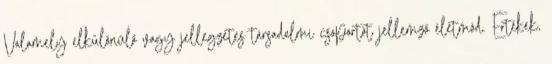
Valamely elkülönülő vagy jellegzetes társadalmi csoportot jellemző életmód. Értékek,